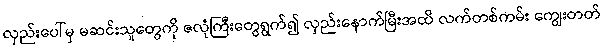
လှည်းပေါ်မှ မဆင်းသူတွေကို ဇလုံကြီးတွေရွက်၍ လှည်းနောက်မြီးအထိ လက်တစ်ကမ်း ကျွေးတတ်